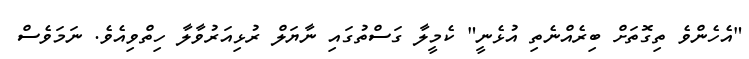
"އެހެންވެ ތިގޮތަށް ބިރެއްނެތި އުޅެނީ" ކެމީލާ ގަސްތުގައި ނާޔަލް ރުޅިއަރުވާލާ ހިތްވިއެވެ. ނަމަވެސް